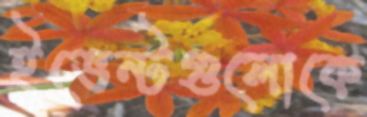
ইভেন্টগুলোকে